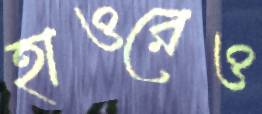
হাওরেও